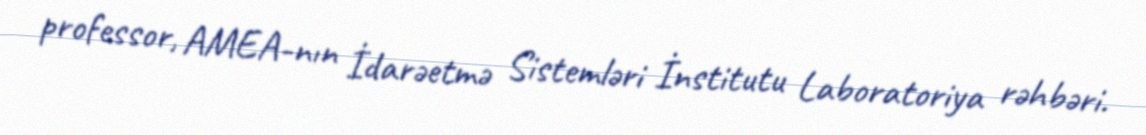
professor, AMEA-nın İdarəetmə Sistemləri İnstitutu Laboratoriya rəhbəri.